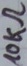
Text: 10kΩ